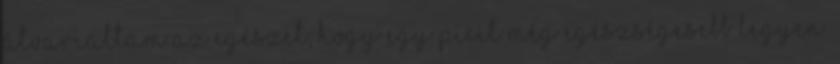
átvariáltam az egészet, hogy egy picit még egészségesebb legyen.